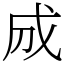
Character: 𢦓